Annual administration report of the Civil Veterinary Department of India - 1897-1898
Year: 1897
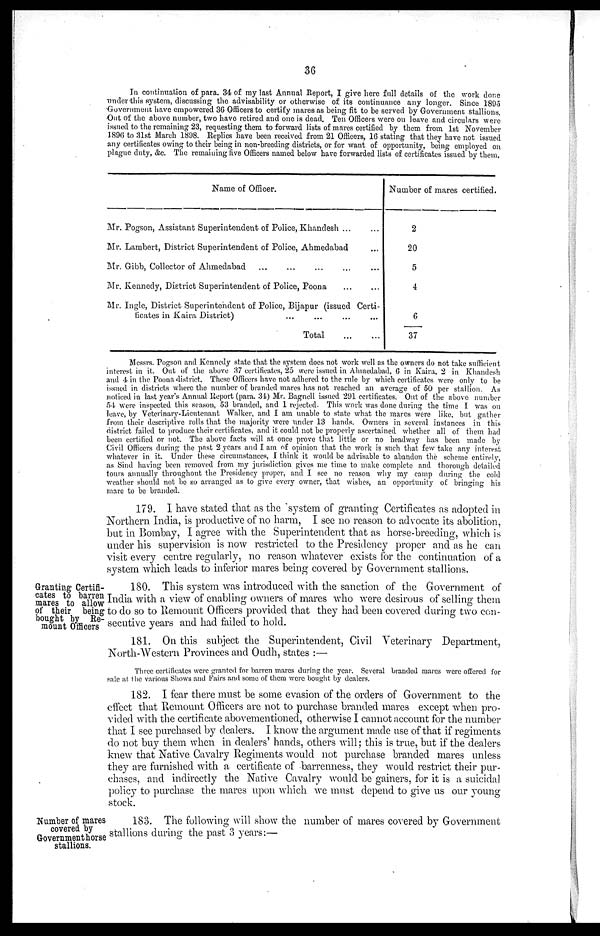
36
In continuation of para. 34 of my last Annual Report, I give here full details of the work done
under this system, discussing the advisability or otherwise of its continuance any longer. Since 1895
Government have empowered 36 Officers to certify mares as being fit to be served by Government stallions.
Out of the above number, two have retired and one is dead. Ten Officers were on leave and circulars were
issued to the remaining 23, requesting them to forward lists of mares certified by them from 1st November
1896 to 31st March 1898. Replies have been received from 21 Officers, 16 stating that they have not issued
any certificates owing to their being in non-breeding districts, or for want of opportunity, being employed on
plague duty, &c. The remaining five Officers named below have forwarded lists of certificates issued by them.
Name of Officer.
Mr. Pogson, Assistant Superintendent of Police, Khandesh ... ...
Mr. Lambert, District Superintendent of Police, Ahmedabad ...
Mr. Gibb, Collector of Ahmedabad
...
...
...
...
...
Mr. Kennedy, District Superintendent of Police, Poona
...
...
Mr. Ingle, District Superintendent of Police, Bijapur (issued Certi-
ficates in Kaira District) ... ... ... ...
Total
...
...
Number of mares certified.
2
20
5
4
6
37
Messrs. Pogson and Kennedy state that the system does not work well as the owners do not take sufficient
interest in it. Out of the above 37 certificates, 25 were issued in Ahmedabad, 6 in Kaira, 2 in Khandesh
and 4 in the Poona district. These Officers have not adhered to the rule by which certificates were only to be
issued in districts where the number of branded mares has not reached an average of 50 per stallion, As
noticed in last year's Annual Report (para. 34) Mr. Bagnell issued 291 certificates. Out of the above number
54 were inspected this season, 53 branded, and 1 rejected. This work was done during the time I was on
leave, by Veterinary-Lieutenant Walker, and I am unable to state what the mares were like, but gather
from their descriptive rolls that the majority were under 13 hands. Owners in several instances in this
district failed to produce their certificates, and it could not be properly ascertained whether all of them had
been certified or not. The above facts will at once prove that little or no headway has been made by
Civil Officers during the past 2 years and I am of opinion that the work is such that few take any interest
whatever in it. Under these circumstances, I think it would be advisable to abandon the scheme entirely,
as Sind having been removed from my jurisdiction gives me time to make complete and thorough detailed
tours annually throughout the Presidency proper, and I see no reason why my camp during the cold
weather should not be so arranged as to give every owner, that wishes, an opportunity of bringing his
mare to be branded.
179. I have stated that as the system of granting Certificates as adopted in
Northern India, is productive of no harm, I see no reason to advocate its abolition,
but in Bombay, I agree with the Superintendent that as horse-breeding, which is
under his supervision is now restricted to the Presidency proper and as he can
visit every centre regularly, no reason whatever exists for the continuation of a
system which leads to inferior mares being covered by Government stallions.
Granting Certifi-
cates to barren
mares to allow
of their being
bought by Re-
mount Officers
180. This system was introduced with the sanction of the Government of
India with a view of enabling owners of mares who were desirous of selling them
to do so to Remount Officers provided that they had been covered during two con-
secutive years and had failed to hold.
181. On this subject the Superintendent, Civil Veterinary Department,
North-Western Provinces and Oudh, states :—
Three certificates were granted for barren mares during the year. Several branded mares were offered for
sale at the various Shows and Fairs and some of them were bought by dealers.
182. I fear there must be some evasion of the orders of Government to the
effect that Remount Officers are not to purchase branded mares except when pro-
vided with the certificate abovementioned, otherwise I cannot account for the number
that I see purchased by dealers. I know the argument made use of that if regiments
do not buy them when in dealers' hands, others will; this is true, but if the dealers
knew that Native Cavalry Regiments would not purchase branded mares unless
they are furnished with a certificate of barrenness, they would restrict their pur-
chases, and indirectly the Native Cavalry would be gainers, for it is a suicidal
policy to purchase the mares upon which we must depend to give us our young
stock.
Number of mares
covered by
Government horse
stallions.
183. The following will show the number of mares covered by Government
stallions during the past 3 years:—